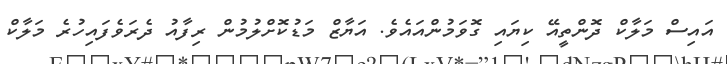
އައިސް މަލާކް ދޮންތީއޭ ކިޔައި ގޮވަމުންއައެވެ. އަޔާޒް މަޑުކޮށްލުމުން ރިފާއު ދެރަވެފައިހުރެ މަލާކް